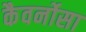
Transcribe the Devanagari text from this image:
कैवर्नोसा